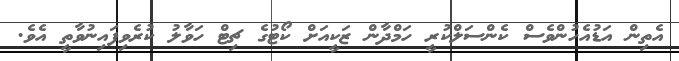
އެތިން އަޑުއެހުންވެސް ކެންސަލްކުރީ ހަމްދާން ޒަކީއަށް ކޯޓުގެ ޗިޓް ހަވާލު ކުރެވިފައިނުވާތީ އެވެ.